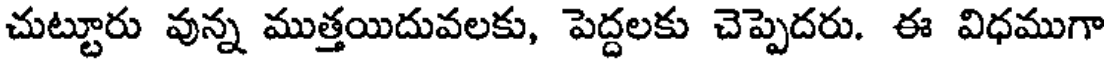
చుట్టూరు వున్న ముత్తయిదువలకు, పెద్దలకు చెప్పెదరు. ఈ విధముగా